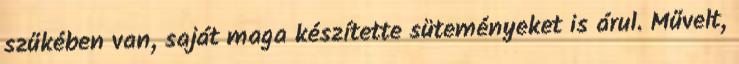
szűkében van, saját maga készítette süteményeket is árul. Művelt,